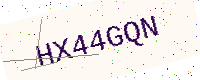
Text: HX44GQN